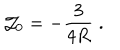
LaTeX: \mathcal { J } _ { 0 } = - \frac 3 { 4 R } \; .